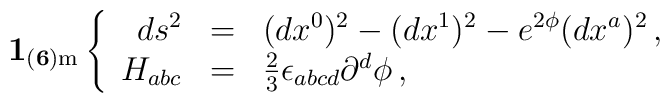
{\bf 1_{(6){\rm m}}}\left\{\begin{array}{rcl}ds^2 &=& (dx^0)^2-(dx^1)^2 - e^{2{\phi}}(dx^a)^2\, ,\\{H}_{abc} &=& {\textstyle\frac{2}{3}}\epsilon_{abcd}\partial^d {\phi}\,, \end{array}\right.